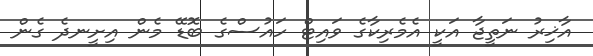
އާޚިރު ނަތީޖާ އަކީ އެމެރިކާގެ ވައިޓް ހައުސްގެ ބޮޑޭ މެން އިށީނދެ ގެން